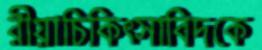
রীয়াচিকিত্সাবিদকে